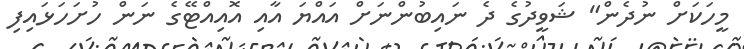
މީހަކަށް ނުދެން" ޝަވީދުގެ ދެ ނައިބުންނަށް އައްޔަ އާއި އޮއިއްޓޭގެ ނަން ހުށަހަޅައިފި